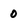
Character: 0